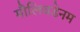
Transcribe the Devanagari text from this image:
मौलिबडेनम